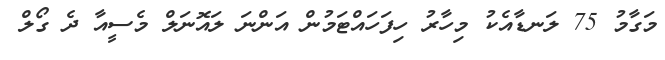
މަގާމު 75 ލަނޑާއެކު މިހާރު ހިފަހައްޓަމުން އަންނަ ލައޮނަލް މެސީއާ ދެ ގޯލް